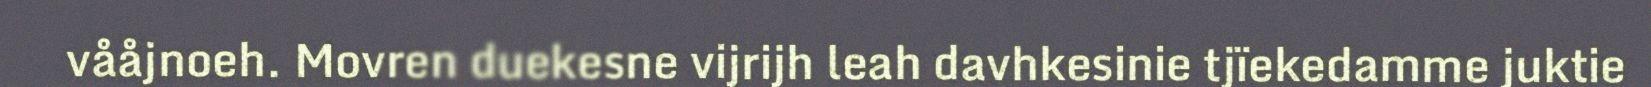
vååjnoeh. Movren duekesne vijrijh leah davhkesinie tjïekedamme juktie